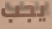
يجب